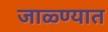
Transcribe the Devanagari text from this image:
जाळ्ण्यात